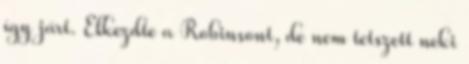
így járt. Elkezdte a Robinsont, de nem tetszett neki